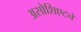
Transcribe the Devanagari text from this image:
असोशिएटने